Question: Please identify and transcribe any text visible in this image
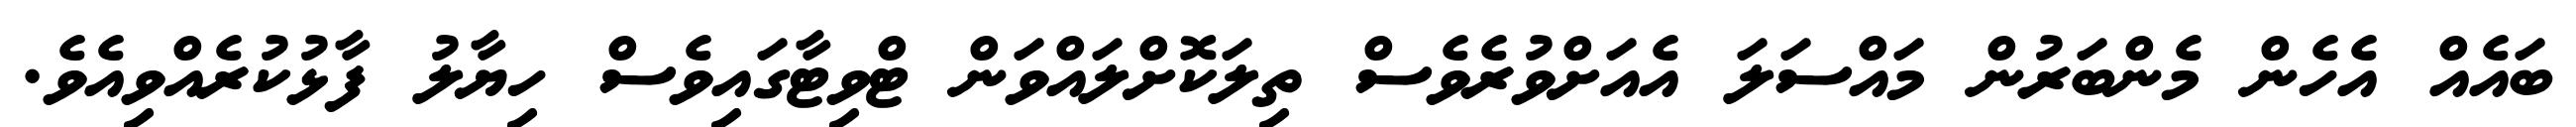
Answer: ބައެއް އެހެން މެންބަރުން މައްސަލަ އެއަށްވުރެވެސް ތިލަކޮށްލައްވަން ޓްވިޓާގައިވެސް ހިޔާލު ފާޅުކުރެއްވިއެވެ.